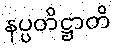
နပ္ပတိဋ္ဌာတိ